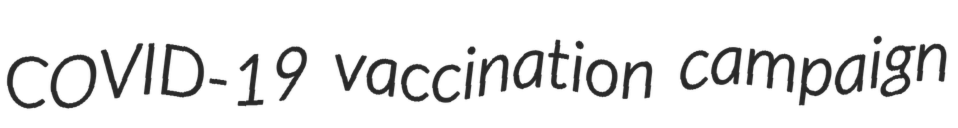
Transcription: COVID-19 vaccination campaign